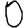
Digit: 0